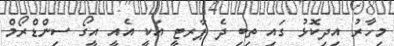
މިހާރު އިދިކޮޅު ގައި ތިބި ދެ ޕާރޓީ އަކީ އެއީ އީގޯ ސިންޑްރޯމް